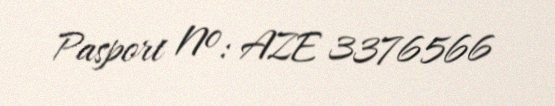
Pasport №: AZE 3376566